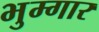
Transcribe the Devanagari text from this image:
भुम्गार